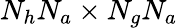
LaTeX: N_{h}N_{a}\times N_{g}N_{a}